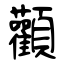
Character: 顴